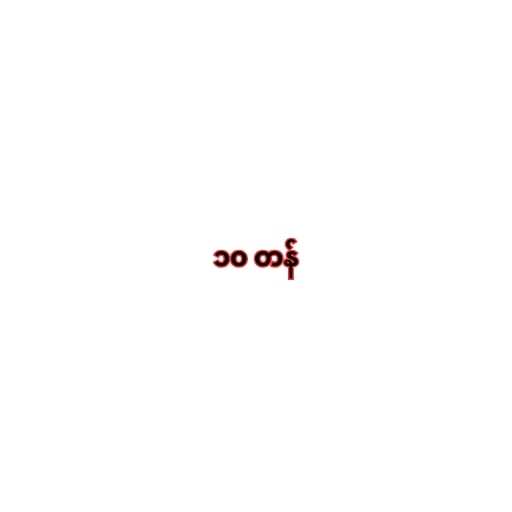
၁၀ တန်